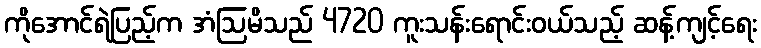
ကိုအောင်ရဲပြည့်က အံဩမိသည် 4720 ကူးသန်းရောင်းဝယ်သည့် ဆန့်ကျင့်ရေး